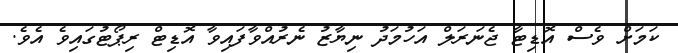
ކަމަށް ވެސް އޮޑިޓާ ޖެނަރަލް އަހުމަދު ނިޔާޒު ނެރުއްވާފައިވާ އޮޑިޓް ރިޕޯޓުގައިވެ އެވެ.